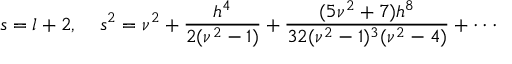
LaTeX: s = l + 2 , \; \; \; \; s ^ { 2 } = \nu ^ { 2 } + \frac { h ^ { 4 } } { 2 ( \nu ^ { 2 } - 1 ) } + \frac { ( 5 \nu ^ { 2 } + 7 ) h ^ { 8 } } { 3 2 ( \nu ^ { 2 } - 1 ) ^ { 3 } ( \nu ^ { 2 } - 4 ) } + \cdot \cdot \cdot